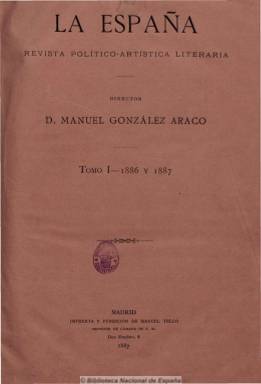
Título: La España musical (Madrid)
Colección: Música
Ámbito geográfico: Madrid
Lugar de publicación: Madrid
Fechas: 07/12/1886-14/03/1887

Subtitulada “revista político-artística literaria”, está consagrada a las bellas artes, especialmente a la música y al teatro, pero también a la pintura, y a la literatura, y asimismo contiene artículos de política y de ciencias. De periodicidad semanal (sale los días 7, 14, 21 y 28 de cada mes) con números de 16 páginas, que publica por separado una pieza de música para banda y también para piano, que están incluidas en la colección al final de cada número.

Además aparecen en sus páginas textos en verso, biografías de compositores y cantantes, crónicas e informaciones sobre los teatros Real, Princesa y Español, de Madrid y de sociedades y bandas musicales, así como artículos técnicos sobre música. También incorpora una crónica de sociedad y otra de variedades, con comentarios sobre todo de asuntos musicales.

Estaba dirigida por Manuel González Araco, y colaboran, entre otros, Emilio Castelar, Tomás Bretón, José María Ortega, Manuel Berbiela y José Alegría. Es continuada por La España (1887).